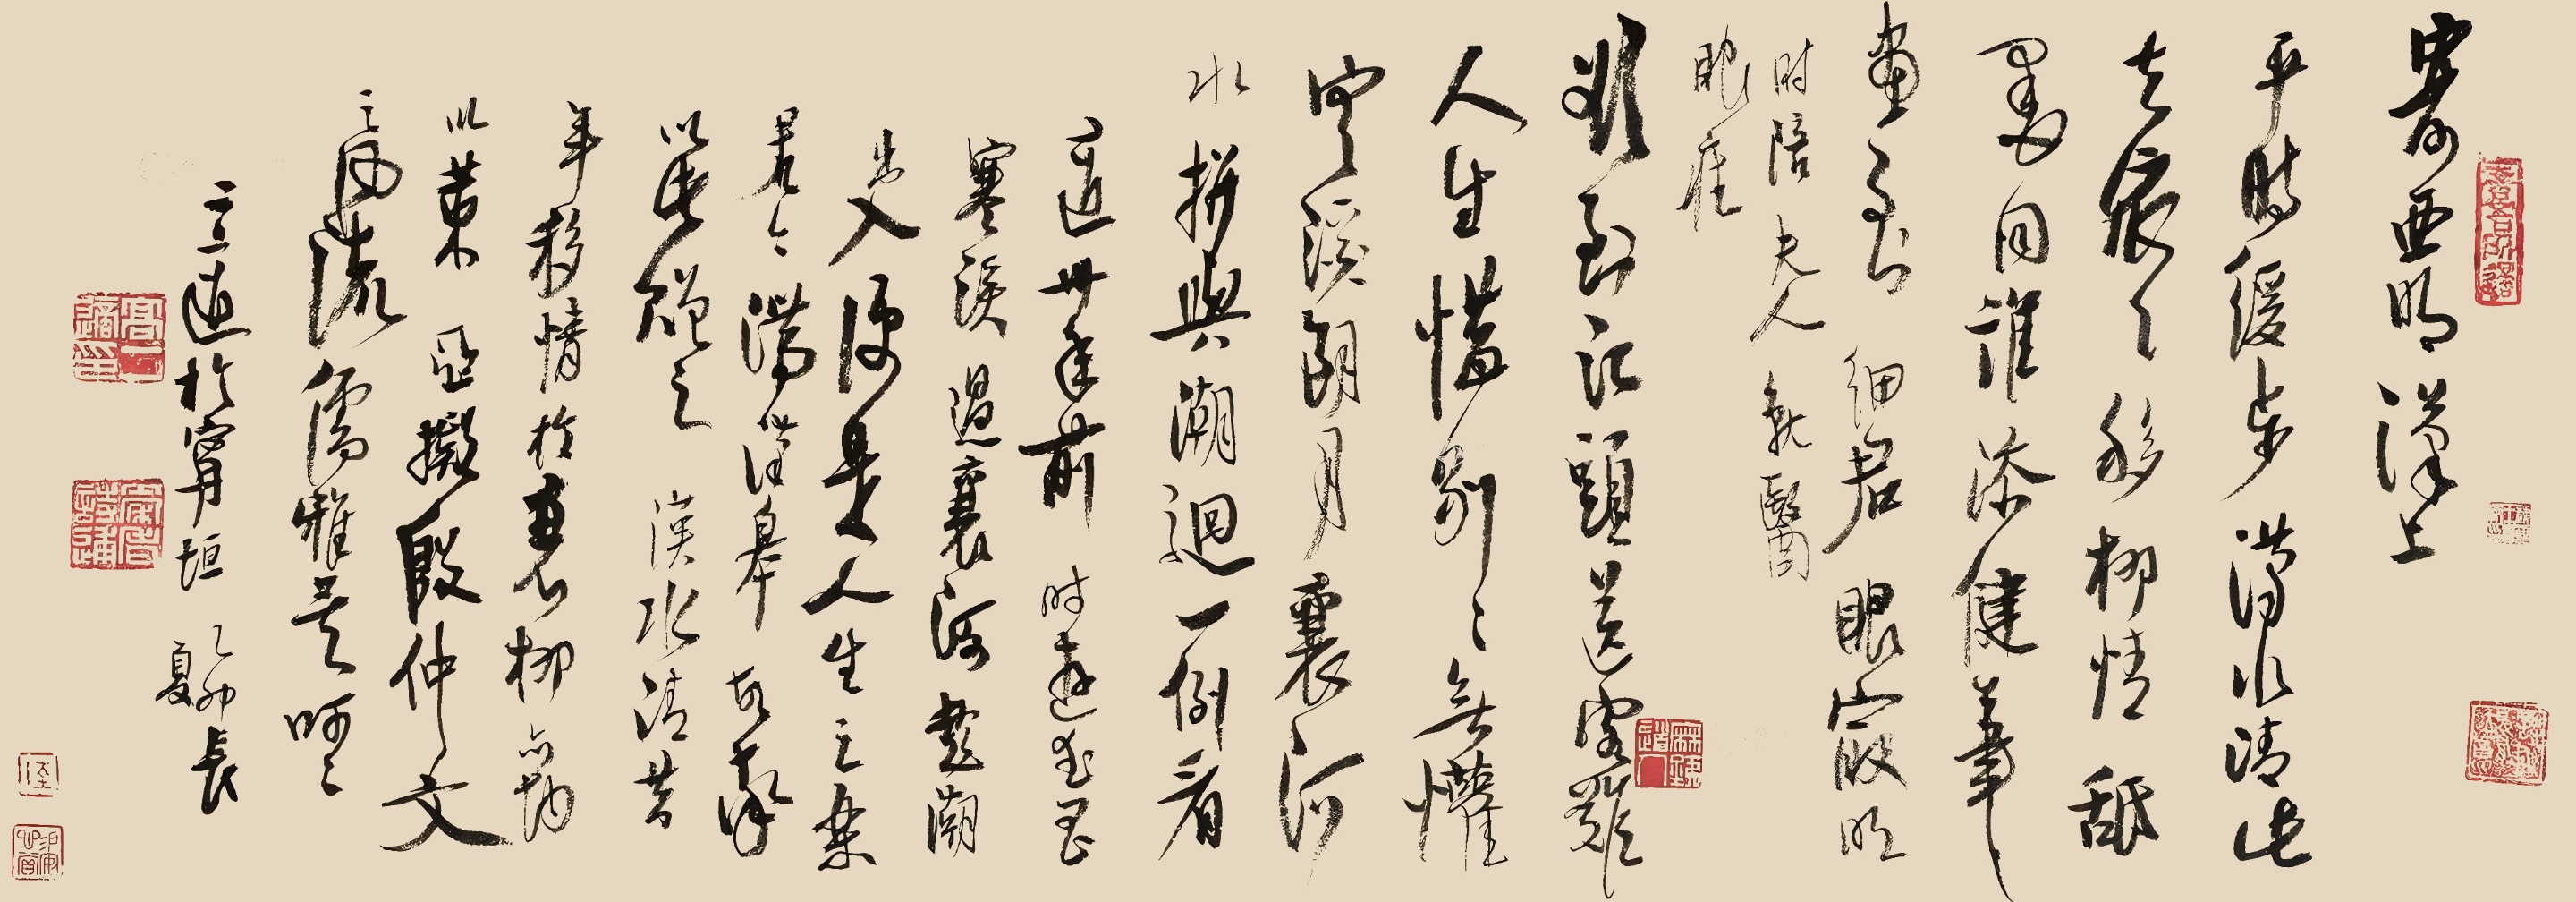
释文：寄亚明汉上。平时缓步汉水清，此去依依移柳情。䑛墨同谁添健笔，画到细君眼最明。时陪夫人就医眼疾。欲到江头送客难，人生惜别别无懽。寒溪朗月襄河水，拼与潮廻一例看。适卅年前时游武昌寒溪过襄河，趁潮出入便是人生之乐。君今滞汉皋，故奉以此赠之，汉水清昔年移情于襄柳。亦均以口亚拟殷仲文之风流儒雅矣，呵呵。二适于宁垣，乙卯长夏。